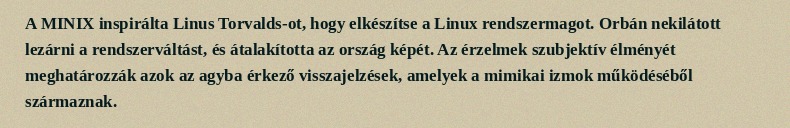
A MINIX inspirálta Linus Torvalds-ot, hogy elkészítse a Linux rendszermagot. Orbán nekilátott lezárni a rendszerváltást, és átalakította az ország képét. Az érzelmek szubjektív élményét meghatározzák azok az agyba érkező visszajelzések, amelyek a mimikai izmok működéséből származnak.